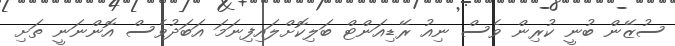
ސުޒޭން ބުނީ ކުރިން ވެސް ނިއު ރޭޑިއަންޓް ބަލިކޮށްލައިފިނަމަ އަބަދުވެސް އޮންނަނީ ތަށި